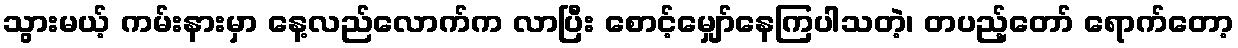
သွားမယ့် ကမ်းနားမှာ နေ့လည်လောက်က လာပြီး စောင့်မျှော်နေကြပါသတဲ့၊ တပည့်တော် ရောက်တော့